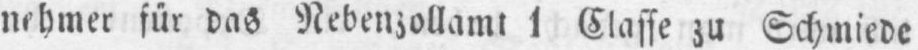
nehmer für das Nebenzollamt 1 Classe zu Schmiede